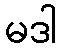
မဒါ